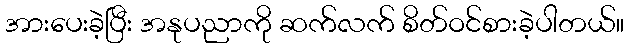
အားပေးခဲ့ပြီး အနုပညာကို ဆက်လက် စိတ်ဝင်စားခဲ့ပါတယ်။